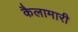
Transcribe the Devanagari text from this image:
कैलामारी